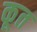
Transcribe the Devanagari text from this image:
कूत